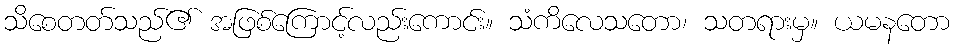
သိစေတတ်သည်၏ အဖြစ်ကြောင့်လည်းကောင်း။ သံကိလေသတော၊ သတရားမှ။ ယမနတော